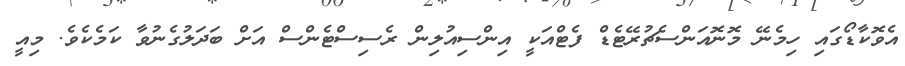
އެވޮކާޑޯގައި ހިމެނޭ މޮނޮއަންސެޗުރޭޓެޑް ފެޓްއަކީ އިންސިއުލިން ރެސިސްޓެންސް އަށް ބަދަލުގެނުވާ ކަމެކެވެ. މިއީ